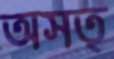
অসত্